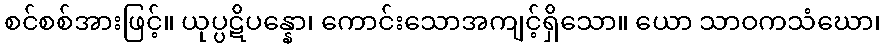
စင်စစ်အားဖြင့်။ ယုပ္ပဋိပန္နော၊ ကောင်းသောအကျင့်ရှိသော။ ယော သာဝကသံဃော၊